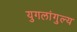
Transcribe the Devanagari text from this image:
युगलांगुल्य